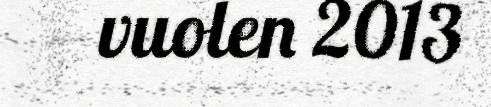
vuolen 2013